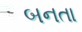
બનતા